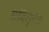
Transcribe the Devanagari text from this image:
सवितृदेव